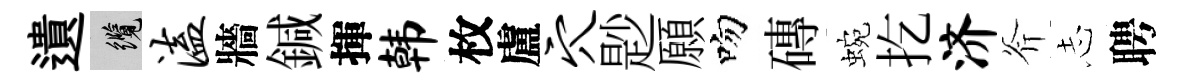
遺纜溘牆鍼揮韩枚盧穴尟願吻磚蜿扢济斧𢖽聘